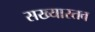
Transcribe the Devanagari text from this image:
सख्यास्तव